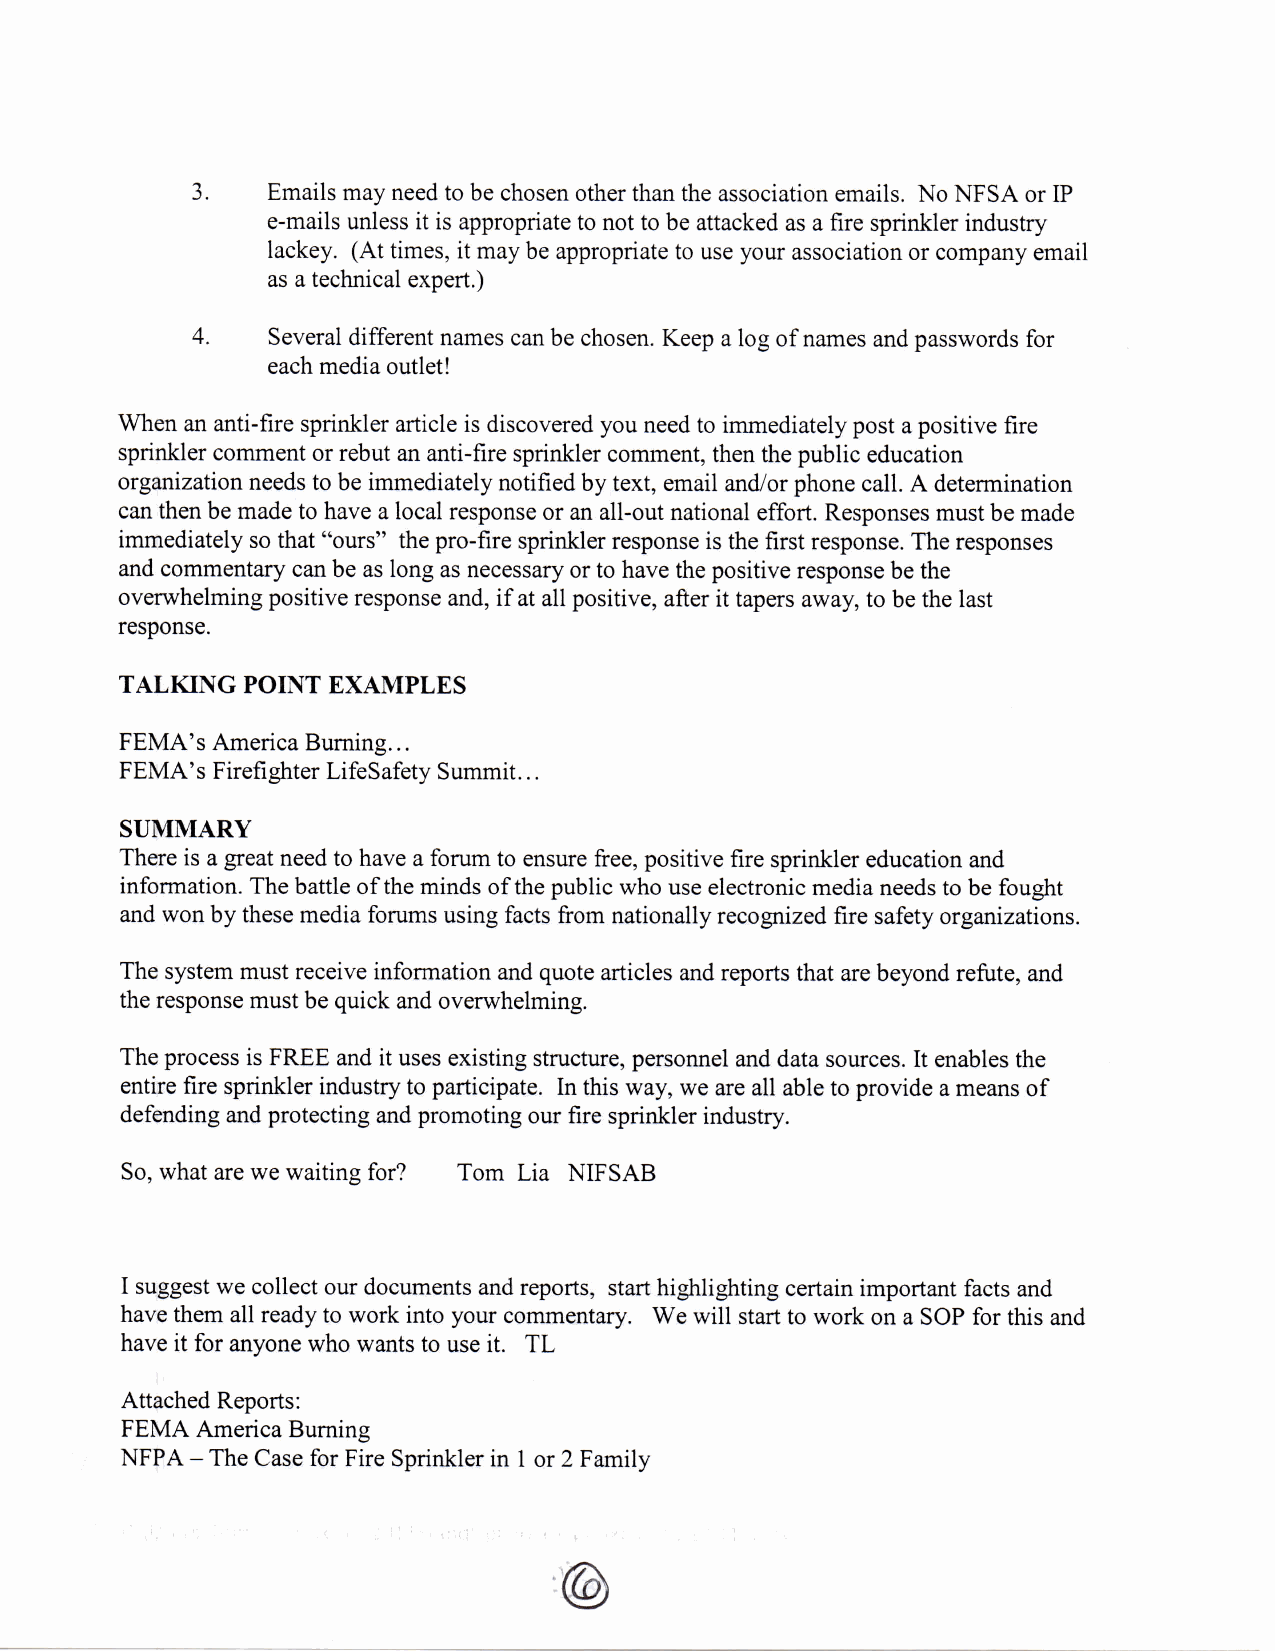
3.   Emails may need to be chosen other than the association emails. No NFS A or IP
 e-mails unless it is appropriate to not to be attacked as a fire sprinkler industry
 lackey. (At times, it may be appropriate to use your association or company email
 as a technical expert.)
 4.   Several different names can be chosen. Keep a log of names and passwords for
 each media outlet!
 When an anti-fire sprinkler article is discovered you need to immediately post a positive fire
 sprinkler comment or rebut an anti-fire sprinkler comment, then the public education
 organization needs to be immediately notified by text, email and/or phone call. A determination
 can then be made to have a local response or an all-out national effort. Responses must be made
 immediately so that "ours" the pro-fire sprinkler response is the first response. The responses
 and commentary can be as long as necessary or to have the positive response be the
 overwhelming positive response and, if at all positive, after it tapers away, to be the last
 response.
 TALKING POINT EXAMPLES
 FEMA's America Burning...
 FEMA's Firefighter LifeSafety Summit...
 SUMMARY
 There is a great need to have a forum to ensure free, positive fire sprinkler education and
 information. The battle of the minds of the public who use electronic media needs to be fought
 and won by these media forums using facts from nationally recognized fire safety organizations.
 The system must receive information and quote articles and reports that are beyond refute, and
 the response must be quick and overwhelming.
 The process is FREE and it uses existing structure, personnel and data sources. It enables the
 entire fire sprinkler industry to participate. In this way, we are all able to provide a means of
 defending and protecting and promoting our fire sprinkler industry.
 So, what are we waiting for? Tom Lia NIFSAB
 I suggest we collect our documents and reports, start highlighting certain important facts and
 have them all ready to work into your commentary. We will start to work on a SOP for this and
 have it for anyone who wants to use it. TL
 Attached Reports:
 FEMA America Burning
 NFPA - The Case for Fire Sprinkler in 1 or 2 Family